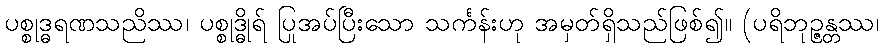
ပစ္စုဒ္ဓရဏသညိဿ၊ ပစ္စုဒ္ဓိုရ် ပြုအပ်ပြီးသော သင်္ကန်းဟု အမှတ်ရှိသည်ဖြစ်၍။ (ပရိဘုဉ္ဇန္တဿ၊